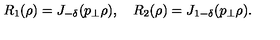
R _ { 1 } ( \rho ) = J _ { - \delta } ( p _ { \perp } \rho ) , \quad R _ { 2 } ( \rho ) = J _ { 1 - \delta } ( p _ { \perp } \rho ) .